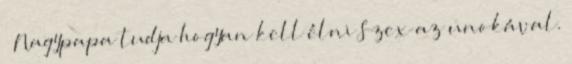
» Nagypapa tudja hogyan kell élni Szex az unokával.